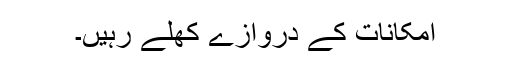
امکانات کے دروازے کھلے رہیں۔